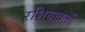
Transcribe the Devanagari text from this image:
रशियातली